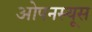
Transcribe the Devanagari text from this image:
ओपनस्यूस